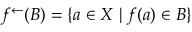
f ^ { \leftarrow } ( B ) = \{ a \in X \; | \; f ( a ) \in B \}